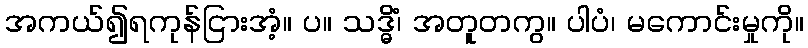
အကယ်၍ရကုန်ငြားအံ့။ ပ။ သဒ္ဓိံ၊ အတူတကွ။ ပါပံ၊ မကောင်းမှုကို။